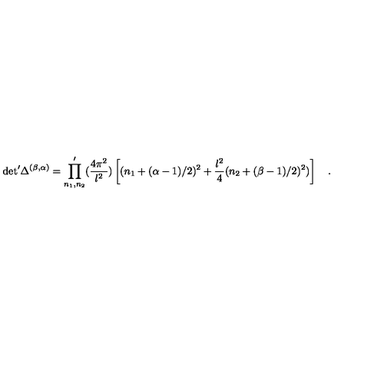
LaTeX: \mathrm { d e t } ^ { \prime } \Delta ^ { ( \beta , \alpha ) } = \prod _ { n _ { 1 } , n _ { 2 } } ^ { \prime } ( { \frac { 4 \pi ^ { 2 } } { l ^ { 2 } } } ) \left[ ( n _ { 1 } + ( \alpha - 1 ) / 2 ) ^ { 2 } + { \frac { l ^ { 2 } } { 4 } } ( n _ { 2 } + ( \beta - 1 ) / 2 ) ^ { 2 } ) \right] \quad .